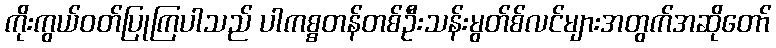
ကိုးကွယ်ဝတ်ပြုကြပါသည် ပါကစ္စတန်တစ်ဦးသန်းမွတ်စ်လင်များအတွက်အဆိုတော်